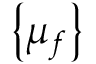
\left\{ \mu _ { f } \right\}